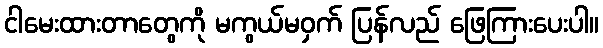
ငါမေးထားတာတွေကို မကွယ်မဝှက် ပြန်လည် ဖြေကြားပေးပါ။